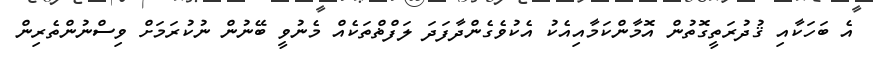
އެ ބަހަކާއި ޤުދުރަތީގޮތުން އޮމާންކަމާއިއެކު އެކުވެގެންދާފަދަ ލަފްޡްތަކެއް މެނުވީ ބޭނުން ނުކުރަމަށް ވިސްނުންތެރިން